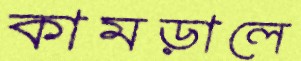
কামড়ালে